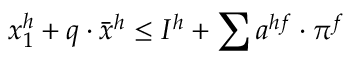
x _ { 1 } ^ { h } + q \cdot { \bar { x } } ^ { h } \leq I ^ { h } + \sum a ^ { h f } \cdot \pi ^ { f }